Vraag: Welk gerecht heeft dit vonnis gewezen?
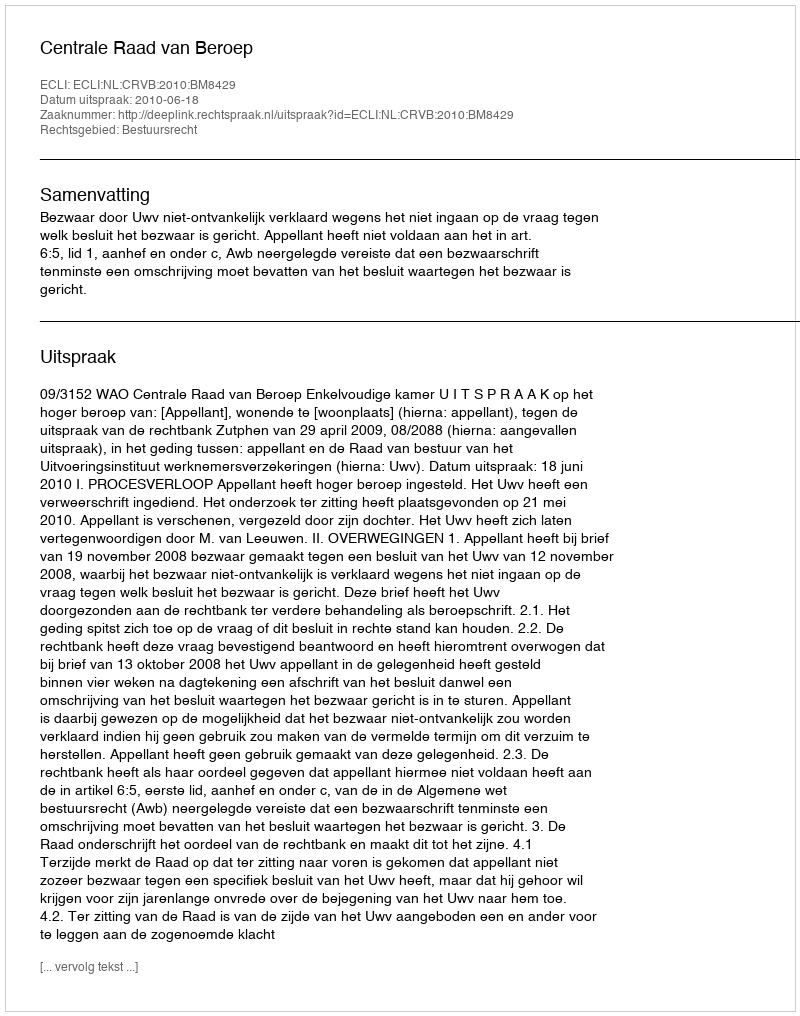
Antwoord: Centrale Raad van Beroep